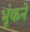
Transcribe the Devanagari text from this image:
भूंकने